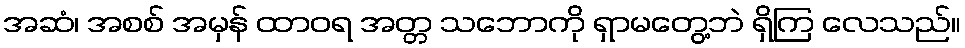
အဆံ၊ အစစ် အမှန် ထာဝရ အတ္တ သဘောကို ရှာမတွေ့ဘဲ ရှိကြ လေသည်။